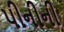
પીનીની